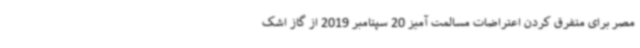
مصر برای متفرق کردن اعتراضات مسالمت آمیز 20 سپتامبر 2019 از گاز اشک